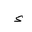
Letter: _hamza